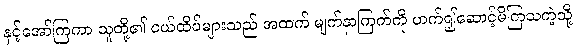
နှင့်အော်ကြကာ သူတို့၏ ငယ်ထိပ်များသည် အထက် မျက်နှာကြက်ကို ဟက်၍ဆောင့်မိကြသကဲ့သို့